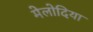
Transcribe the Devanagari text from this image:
मेलोदिया